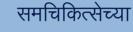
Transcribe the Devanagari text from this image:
समचिकित्सेच्या